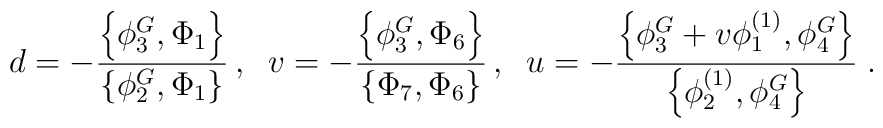
d=-\frac{\left\{ \phi _{3}^{G},\Phi _{1}\right\} }{\left\{ \phi_{2}^{G},\Phi _{1}\right\} }\,,\;\;v=-\frac{\left\{ \phi _{3}^{G},\Phi_{6}\right\} }{\left\{ \Phi _{7},\Phi _{6}\right\} }\,,\;\;u=-\frac{\left\{\phi _{3}^{G}+v\phi _{1}^{\left( 1\right) },\phi _{4}^{G}\right\} }{\left\{\phi _{2}^{(1)},\phi _{4}^{G}\right\} }\;.